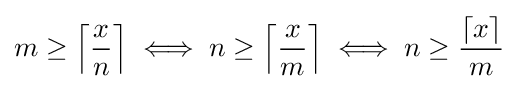
m\geq \left\lceil {\frac {x}{n}}\right\rceil \iff n\geq \left\lceil {\frac {x}{m}}\right\rceil \iff n\geq {\frac {\lceil x\rceil }{m}}